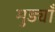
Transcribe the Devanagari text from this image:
मुड्याँ